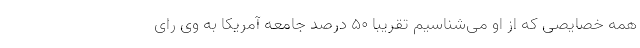
همه خصایصی که از او می‌شناسیم تقریباً ۵۰ درصد جامعه آمریکا به وی رای